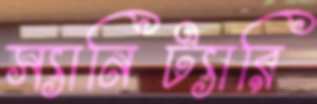
স্যানিট্যারি